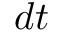
d t